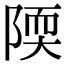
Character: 陾